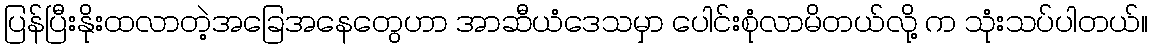
ပြန်ပြီးနိုးထလာတဲ့အခြေအနေတွေဟာ အာဆီယံဒေသမှာ ပေါင်းစုံလာမိတယ်လို့ က သုံးသပ်ပါတယ်။